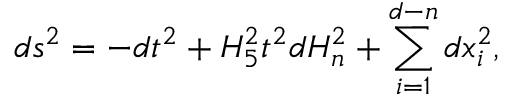
d s ^ { 2 } = - d t ^ { 2 } + H _ { 5 } ^ { 2 } t ^ { 2 } d H _ { n } ^ { 2 } + \sum _ { i = 1 } ^ { d - n } d x _ { i } ^ { 2 } ,